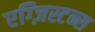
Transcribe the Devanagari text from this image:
एग्ज़िस्टन्स